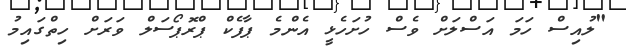
"ލުއިސް ހަމަ އަސްލަށް ވެސް ހުށަހެޅީ އެންމެ ޕާފެކް ޕްރޮޕޯސަލް ވަރަށް ހިތްގައިމު